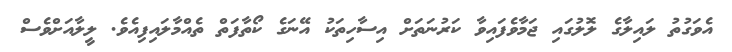
އެވަގުތު ލައިލާގެ ލޮލުގައި ޖަމާވެފައިވާ ކަރުނަތަށް އިސާހިތަކު އޭނަގެ ކޯތާފަތް ތެއްމާލައިފިއެވެ. ލީލާއަށްވެސް